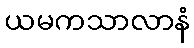
ယမကသာလာနံ